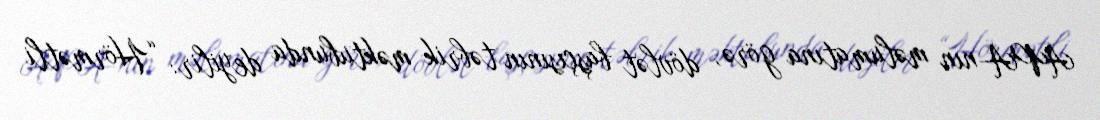
APA-nın məlumatına görə, dövlət başçısının təbrik məktubunda deyilir: “Hörmətli